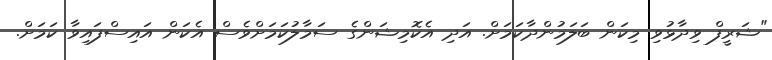
"ޝަރީފް ވިދާޅުވި މިކަން ބަލަމުންދާކަމަށް. އަދި އެކޮމިޝަންގެ ސަމާލުކަމަށްވެސް އެކަން އައިސްފައިވާ ކަމަށް.